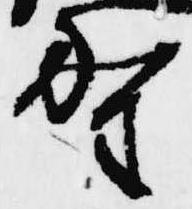
聖